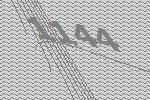
1144